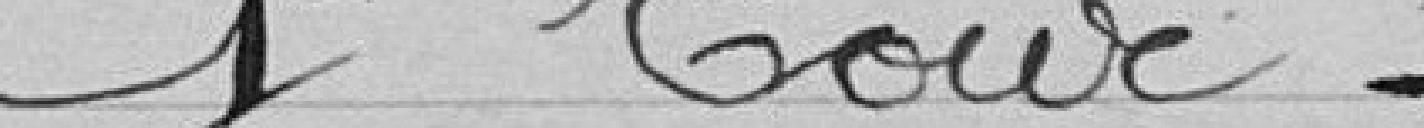
1er Tour -